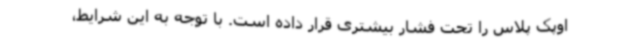
اوپک پلاس را تحت فشار بیشتری قرار داده است. با توجه به این شرایط،